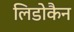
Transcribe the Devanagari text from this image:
लिडोकैन